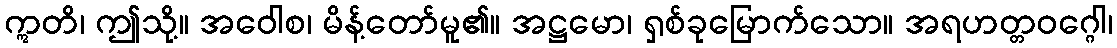
ဣတိ၊ ဤသို့။ အဝေါစ၊ မိန့်တော်မူ၏။ အဋ္ဌမော၊ ရှစ်ခုမြောက်သော။ အရဟတ္တဝဂ္ဂေါ၊